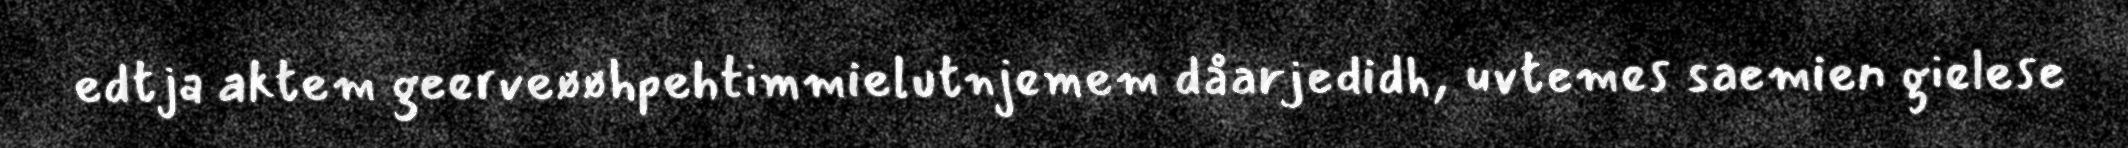
edtja aktem geerveøøhpehtimmielutnjemem dåarjedidh, uvtemes saemien gielese